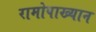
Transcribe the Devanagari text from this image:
रामोपाख्यान